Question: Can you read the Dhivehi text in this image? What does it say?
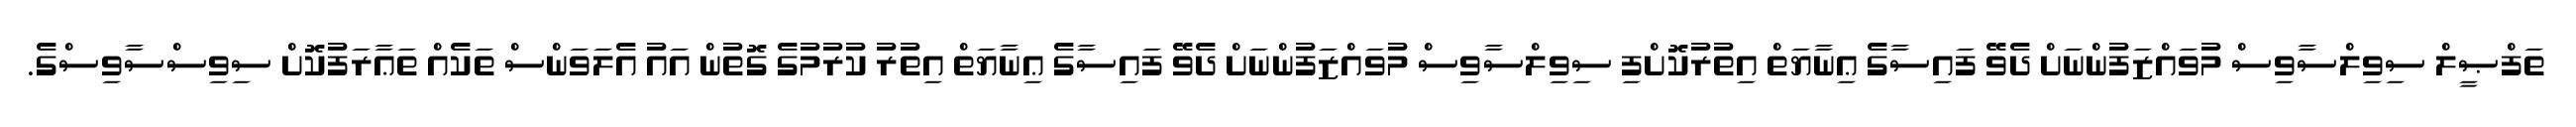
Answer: ތަފްޞީލް ސިވިލްސާވިސް މުވައްޒަފުންނަށް ދެވޭ ފައިސާގެ ޢިނާޔަތް އިތުރުކޮށްފި ސިވިލްސާވިސް މުވައްޒަފުންނަށް ދެވޭ ފައިސާގެ ޢިނާޔަތް އިތުރު ކުރުމުގެ ގޮތުން އައު އެލަވަންސް ތަކެއް ތަޢާރަފުކޮށް ސިވިސްސާވިސްގެ.